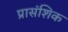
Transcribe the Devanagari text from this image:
प्रासंशिक